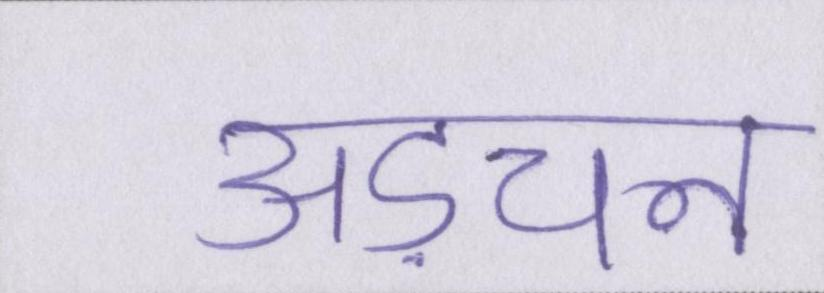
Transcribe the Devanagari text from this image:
अड़चन